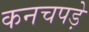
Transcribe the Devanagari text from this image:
कनचपड़े